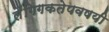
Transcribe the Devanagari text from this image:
लैंगिगकतेपवषयी